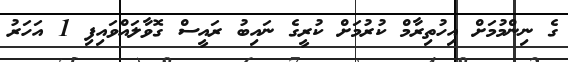
ގެ ނިންމުމަށް އިހުތިރާމް ކުރުމަށް ކުރީގެ ނައިބު ރައީސް ގޮވާލައްވައިފި 1 އަހަރު